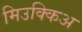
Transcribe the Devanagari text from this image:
मिउक्किअ